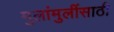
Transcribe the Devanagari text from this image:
मुलांमुलींसाठी